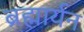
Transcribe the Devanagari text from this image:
ब्रह्मार्यन